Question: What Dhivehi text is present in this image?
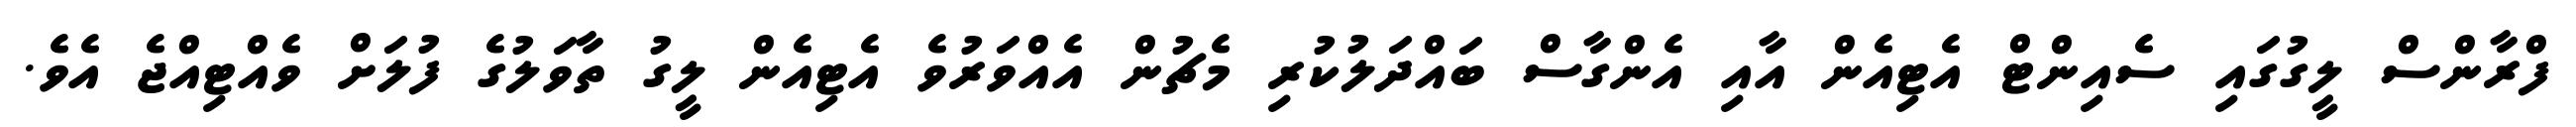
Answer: ފްރާންސް ލީގުގައި ސެއިންޓް އެޓިއެން އާއި އެންގާސް ބައްދަލުކުރި މެޗުން އެއްވަރުވެ އެޓިއެން ލީގު ތާވަލުގެ ފުލަށް ވެއްޓިއްޖެ އެވެ.